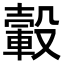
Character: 轂